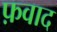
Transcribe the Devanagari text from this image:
फ़वाद